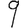
Digit: 9